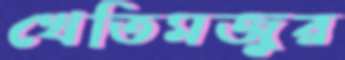
খেতিমজুর